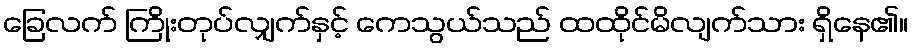
ခြေလက် ကြိုးတုပ်လျှက်နှင့် ကေသွယ်သည် ထထိုင်မိလျက်သား ရှိနေ၏။